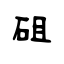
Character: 砠